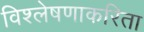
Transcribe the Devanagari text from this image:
विश्लेषणाकरिता